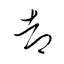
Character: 都